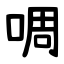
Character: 啁